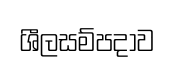
ශීලසම්පදාව